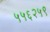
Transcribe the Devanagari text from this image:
५५६२५९